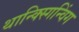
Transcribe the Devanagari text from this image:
थान्क्स्गिन्विंग